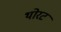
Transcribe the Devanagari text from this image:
थोरट